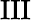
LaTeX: \mathrm{III}